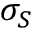
\sigma _ { S }